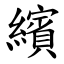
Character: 繽